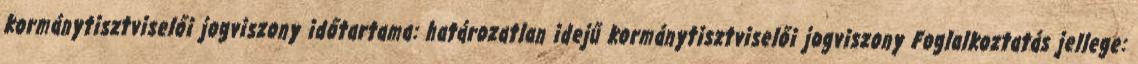
kormánytisztviselői jogviszony időtartama: határozatlan idejű kormánytisztviselői jogviszony Foglalkoztatás jellege: